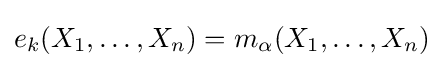
e_{k}(X_{1},\ldots ,X_{n})=m_{\alpha }(X_{1},\ldots ,X_{n})